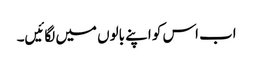
اب اس کو اپنے بالوں میں لگائیں۔